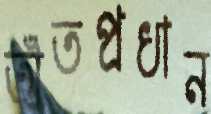
তাঁতপ্রধান